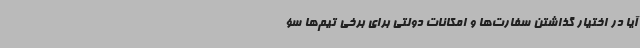
آیا در اختیار گذاشتن سفارت‌ها و امکانات دولتی برای برخی تیم‌ها سؤ